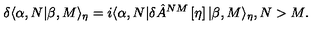
\delta \langle \alpha , N | \beta , M \rangle _ { \eta } = i \langle \alpha , N | \delta \hat { A } ^ { N M } \left[ \eta \right] | \beta , M \rangle _ { \eta } , N > M .